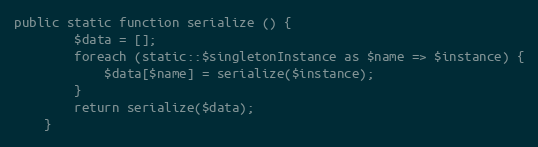
Language: PHP
public static function serialize () {
		$data = [];
		foreach (static::$singletonInstance as $name => $instance) {
			$data[$name] = serialize($instance);
		}
		return serialize($data);
	}